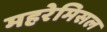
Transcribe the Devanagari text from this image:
महरेमिसल